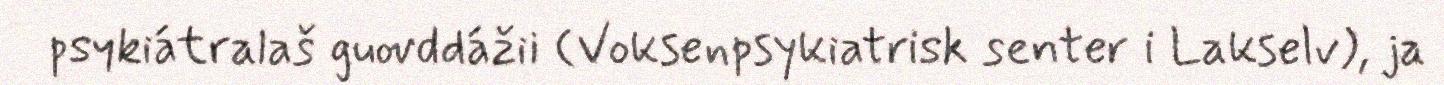
psykiátralaš guovddážii (Voksenpsykiatrisk senter i Lakselv), ja